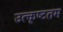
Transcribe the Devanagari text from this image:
उत्‍कृष्‍टतम